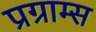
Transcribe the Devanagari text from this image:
प्रग्राम्स